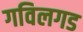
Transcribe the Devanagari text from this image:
गविलगड